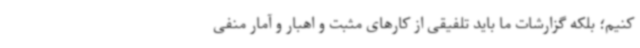
کنیم؛ بلکه گزارشات ما باید تلفیقی از کارهای مثبت و اهبار و آمار منفی